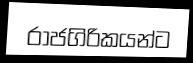
රාජගිරිකයන්ට